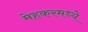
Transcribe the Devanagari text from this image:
मेहकरमध्ये